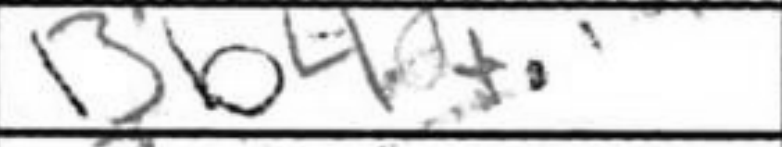
Transcription: Bb4+